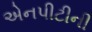
એનપીટીની